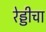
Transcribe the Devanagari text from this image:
रेड्डीचा